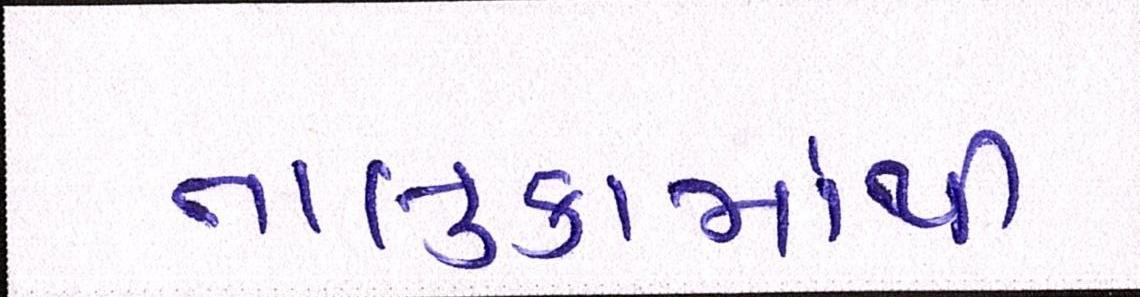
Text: તાલુકામાંથી